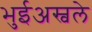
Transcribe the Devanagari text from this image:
भुईअस्वले